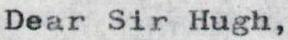
Dear Sir Hugh,